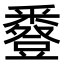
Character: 𧰌